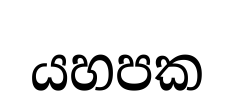
යහපක